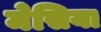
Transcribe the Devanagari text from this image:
मेसिया